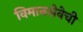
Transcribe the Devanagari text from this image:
विमानसेवेची